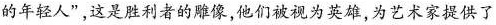
的年轻人”，这是胜利者的雕像，他们被视为英雄，为艺术家提供了